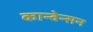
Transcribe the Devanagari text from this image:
कान्वेन्सन